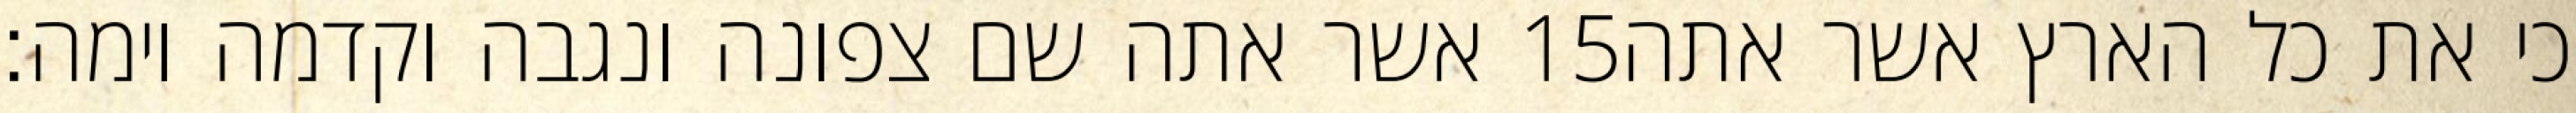
אשר אתה שם צפונה ונגבה וקדמה וימה׃ ‎15‏ כי את כל הארץ אשר אתה